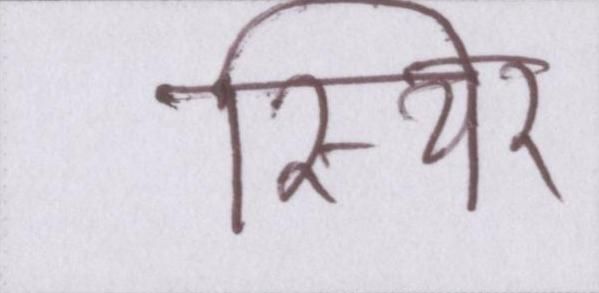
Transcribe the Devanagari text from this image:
स्थिर